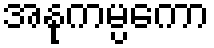
အနုကမ္ပကော